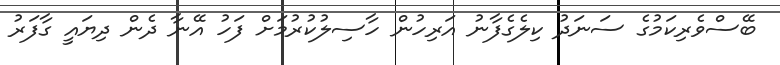
ބޭސްވެރިކަމުގެ ސަނަދު ކިލެގެފާނު އަރިހުން ހާސިލުކުރުމަށް ފަހު އޭނާ ދެން ދިޔައީ ގާފަރު